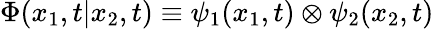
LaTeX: {\Phi}(x_{1},t|x_{2},t)\equiv{\psi}_{1}(x_{1},t)\otimes{\psi}_{2}(x_{2},t)